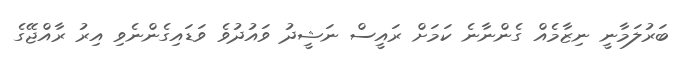
ބަރުލަމާނީ ނިޒާމެއް ގެންނާނެ ކަމަށް ރައީސް ނަޝީދު ވައުދުވެ ވަޑައިގެންނެވި އިރު ރާއްޖޭގެ